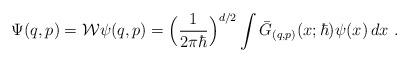
LaTeX: \begin{align*}\Psi(q,p)=\mathcal{W}\psi(q,p)=\Big(\frac{1}{2\pi\hbar}\Big)^{d/2}\int\bar G_{(q,p)}(x;\hbar)\psi(x)\,dx \ .\end{align*}